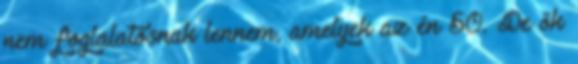
nem foglalatosnak lennem, amelyek az én 50. De ők